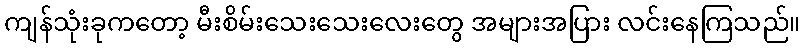
ကျန်သုံးခုကတော့ မီးစိမ်းသေးသေးလေးတွေ အများအပြား လင်းနေကြသည်။